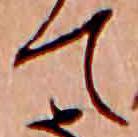
て